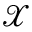
\mathcal X